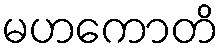
မဟကောတိ